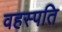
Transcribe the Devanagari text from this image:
वहस्पति